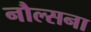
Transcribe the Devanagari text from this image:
नौल्सना